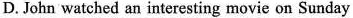
D. John watched an interesting movie on Sunday